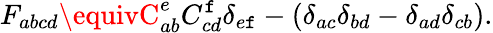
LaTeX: F_{abcd}\equivC_{ab}^{e}C_{cd}^{\mathtt{f}}\delta_{e\mathtt{f}}-(\delta_{ac}\delta_{bd}-\delta_{ad}\delta_{cb}).